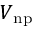
V _ { \mathrm { n p } }